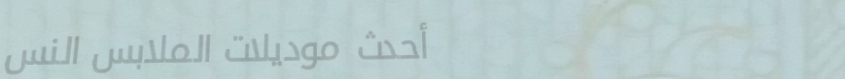
أحدث موديلات الملابس النس